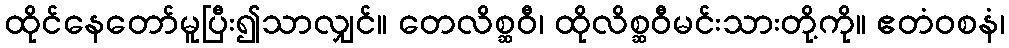
ထိုင်နေတော်မူပြီး၍သာလျှင်။ တေလိစ္ဆဝီ၊ ထိုလိစ္ဆဝီမင်းသားတို့ကို။ ဧတံဝစနံ၊